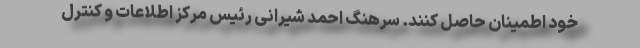
خود اطمینان حاصل کنند. سرهنگ احمد شیرانی رئیس مرکز اطلاعات و کنترل